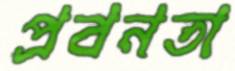
প্রবনতা